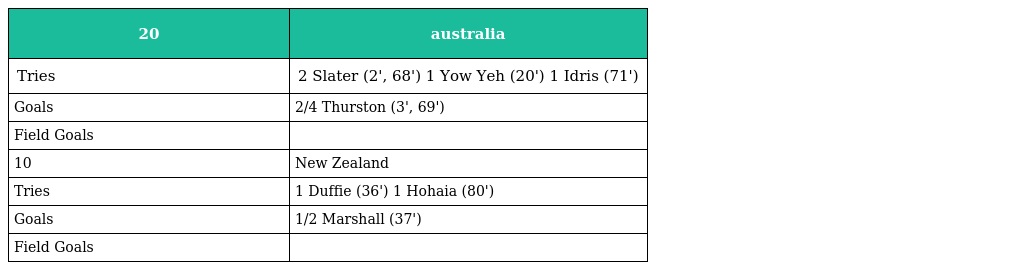
| 20 | australia |
 | --- | --- |
 | Tries | 2 Slater (2', 68') 1 Yow Yeh (20') 1 Idris (71') |
 | Goals | 2/4 Thurston (3', 69') |
 | Field Goals |  |
 | 10 | New Zealand |
 | Tries | 1 Duffie (36') 1 Hohaia (80') |
 | Goals | 1/2 Marshall (37') |
 | Field Goals |  |